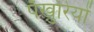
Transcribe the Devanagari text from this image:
पँखुरियों